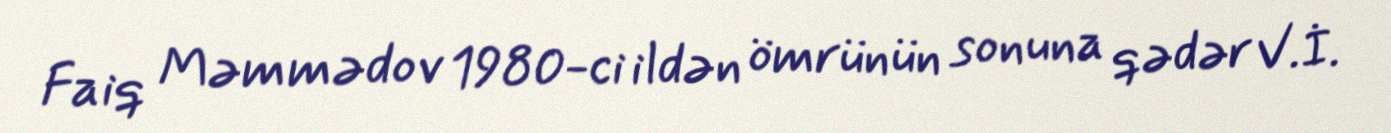
Faiq Məmmədov 1980-ci ildən ömrünün sonuna qədər V.İ.